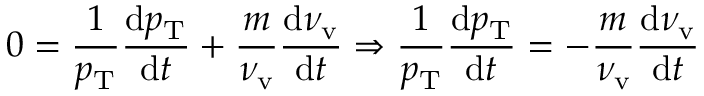
0 = \frac { 1 } { p _ { \mathrm { T } } } \frac { \mathrm { d } p _ { \mathrm { T } } } { \mathrm { d } t } + \frac { m } { \nu _ { \mathrm { v } } } \frac { \mathrm { d } \nu _ { \mathrm { v } } } { \mathrm { d } t } \Rightarrow \frac { 1 } { p _ { \mathrm { T } } } \frac { \mathrm { d } p _ { \mathrm { T } } } { \mathrm { d } t } = - \frac { m } { \nu _ { \mathrm { v } } } \frac { \mathrm { d } \nu _ { \mathrm { v } } } { \mathrm { d } t }